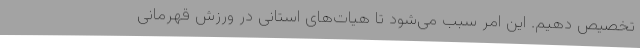
تخصیص دهیم. این امر سبب می‌شود تا هیات‌های استانی در ورزش قهرمانی